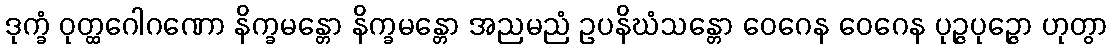
ဒုက္ခံ ဝုတ္ထဂေါဂဏော နိက္ခမန္တော နိက္ခမန္တော အညမညံ ဥပနိဃံသန္တော ဝေဂေန ဝေဂေန ပုဉ္ဇပုဉ္ဇော ဟုတွာ